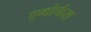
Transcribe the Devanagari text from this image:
एमोर्फस